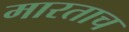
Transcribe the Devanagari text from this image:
मारताच